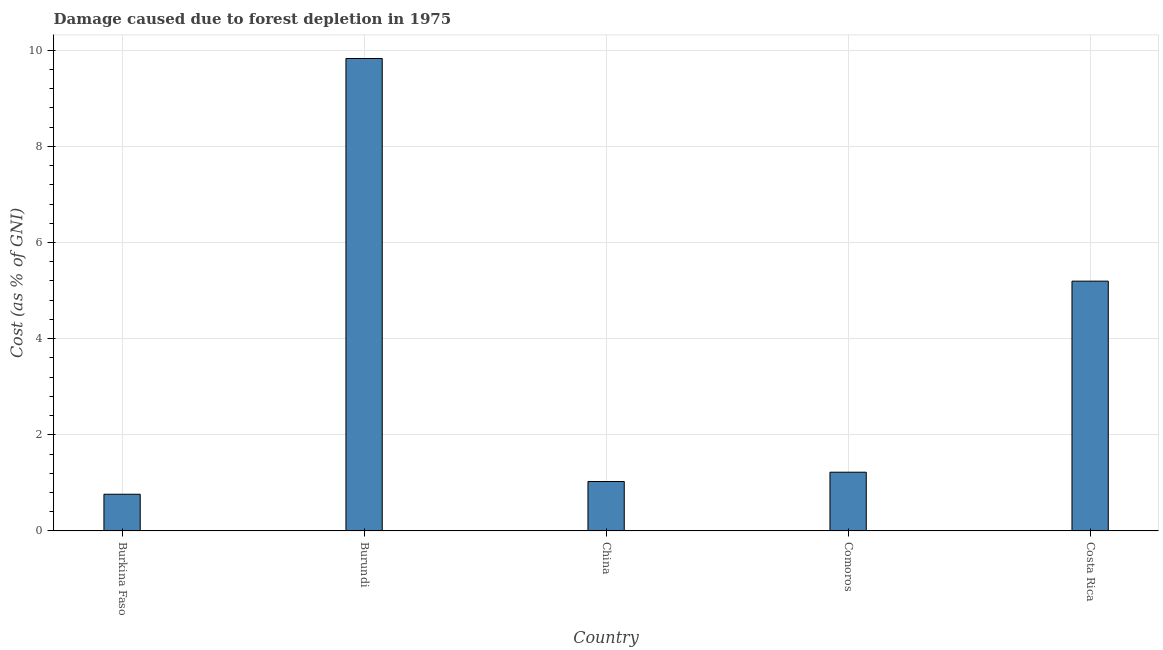
| Country | net forest depletion |
 | --- | --- |
 | Burkina Faso | 0.763 |
 | Burundi | 9.83 |
 | China | 1.03 |
 | Comoros | 1.22 |
 | Costa Rica | 5.2 |